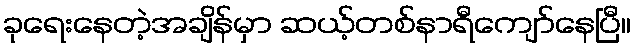
ခုရေးနေတဲ့အချိန်မှာ ဆယ့်တစ်နာရီကျော်နေပြီ။